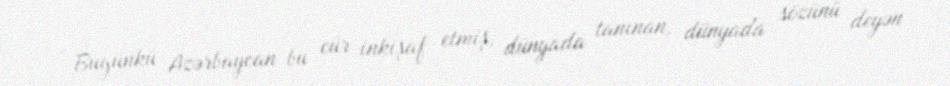
Bugünkü Azərbaycan bu cür inkişaf etmiş, dünyada tanınan, dünyada sözünü deyən